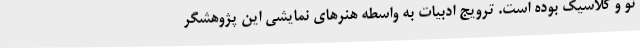
نو و کلاسیک بوده است. ترویج ادبیات به واسطه هنرهای نمایشی این پژوهشگر